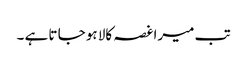
تب میرا غصہ کالا ہو جا تا ہے ۔